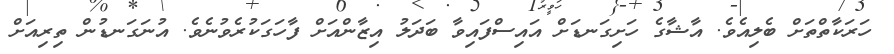
ހަރަކާތްތަށް ބެލިއެވެ. އާޝާގެ ހަށިގަނޑަށް އައިސްފައިވާ ބަދަލު އިޒާންއަށް ފާހަގަކުރެވުނެވެ. އުނަގަނޑުން ތިރިއަށް